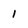
Character: 1